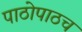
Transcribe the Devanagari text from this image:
पाठोपाठच